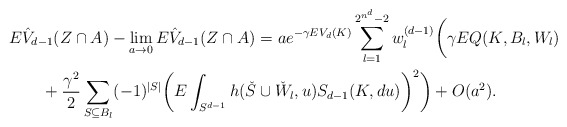
\begin{align*}\MoveEqLeft E\hat{V}_{d-1}(Z\cap A) - \lim_{a\to 0} E\hat{V}_{d-1}(Z\cap A)= ae^{-\gamma EV_d(K)} \sum_{l=1}^{2^{n^d}-2} w_l^{(d-1)} \bigg(\gamma E Q(K,B_l,W_l)\\{}&+ \frac{\gamma^2}{2}\sum_{S\subseteq B_l}(-1)^{|S|} \bigg(E\int_{S^{d-1}} h(\check{S}\cup \check{W}_l,u) S_{d-1}(K,du)\bigg)^2 \bigg)+ O(a^2). \end{align*}